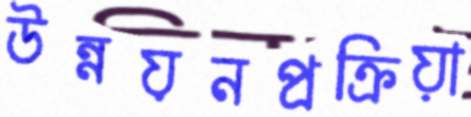
উন্নয়নপ্রক্রিয়া